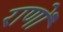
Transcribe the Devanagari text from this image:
राणों